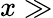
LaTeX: x\gg